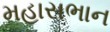
મહાસભાન